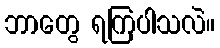
ဘာတွေ ရကြပါသလဲ။